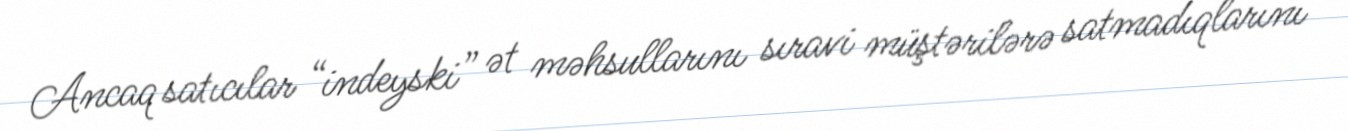
Ancaq satıcılar “indeyski” ət məhsullarını sıravi müştərilərə satmadıqlarını